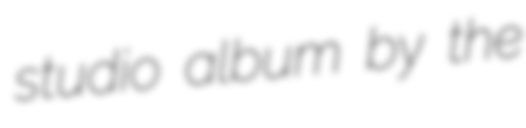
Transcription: studio album by the